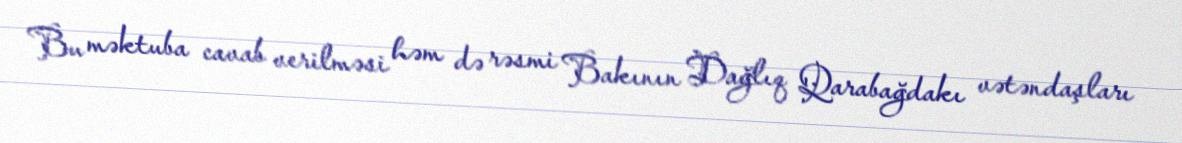
Bu məktuba cavab verilməsi həm də rəsmi Bakının Dağlıq Qarabağdakı vətəndaşları